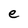
Character: e